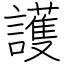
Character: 護